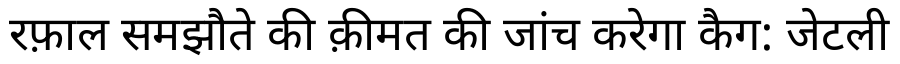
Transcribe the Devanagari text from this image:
रफ़ाल समझौते की क़ीमत की जांच करेगा कैग: जेटली